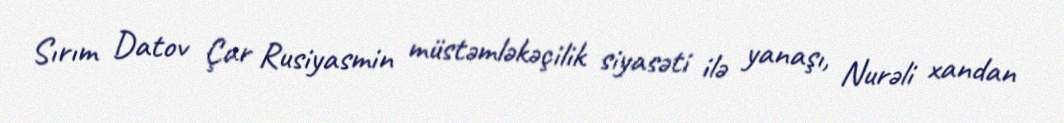
Sırım Datov Çar Rusiyasmin müstəmləkəçilik siyasəti ilə yanaşı, Nurəli xandan